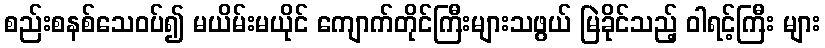
စည်းစနစ်သေဝပ်၍ မယိမ်းမယိုင် ကျောက်တိုင်ကြီးများသဖွယ် မြဲခိုင်သည့် ဝါရင့်ကြီး များ